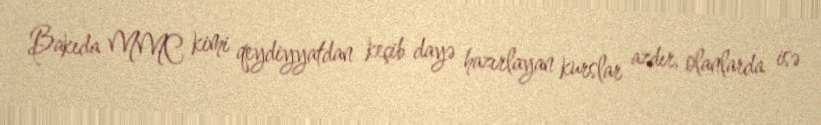
Bakıda MMC kimi qeydiyyatdan keçib dayə hazırlayan kurslar azdır, olanlarda isə